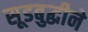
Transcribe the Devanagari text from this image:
सूडबुद्धीने